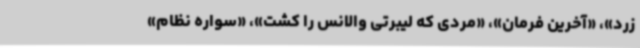
زرد»، «آخرین فرمان»، «مردی که لیبرتی والانس را کشت»، «سواره نظام»